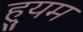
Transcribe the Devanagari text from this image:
ह्युम